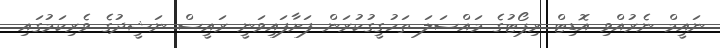
ނައީމް ނެރުއްވި އޮޑިޓް ރިޕޯޓުގެ މައްސަލަ ތަހުގީގުކުރަން ފަށާފައިވަނީ ރައީސް ނަޝީދުގެ ވެރިކަމުގައި